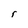
Character: r